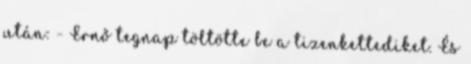
után: - Ernő tegnap töltötte be a tizenkettediket. És